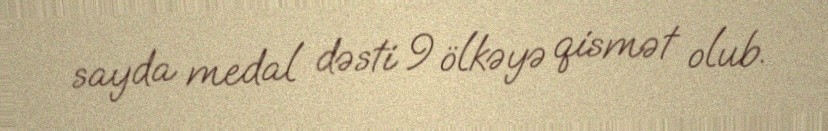
sayda medal dəsti 9 ölkəyə qismət olub.